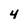
Character: 4